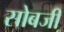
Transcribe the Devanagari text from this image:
सोबजी